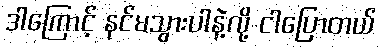
ဒါကြောင့် နင်မသွားပါနဲ့လို့ ငါပြောတယ်